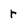
Character: r